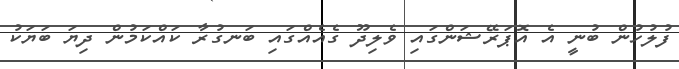
ފުލުހުން ބުނީ އެ އޮޕަރޭޝަންގައި ވެލިދޫ ގެއެއްގައި ބަނގުރާ ކައްކަމުން ދިޔަ ބަޔަކު